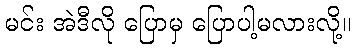
မင်း အဲဒီလို ပြောမှ ပြောပါ့မလားလို့။